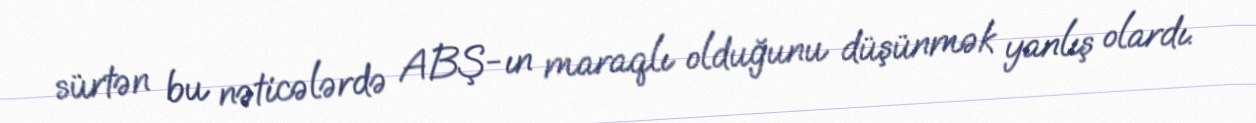
sürtən bu nəticələrdə ABŞ-ın maraqlı olduğunu düşünmək yanlış olardı.